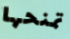
تمنحها